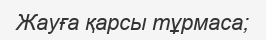
Жауға қарсы тұрмаса;